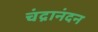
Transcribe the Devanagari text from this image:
चंद्रानंदन